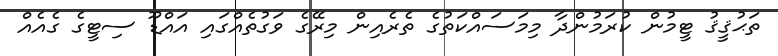
ތަޙުޤީޤު ޓީމުން ކުރަމުންދާ މިމަސައްކަތުގެ ތެރެއިން މިރޭގެ ވަގުތެއްގައި އައްޑޫ ސިޓީގެ ގެއެއް